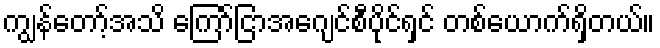
ကျွန်တော့်အသိ ကြော်ငြာအေဂျင်စီပိုင်ရှင် တစ်ယောက်ရှိတယ်။